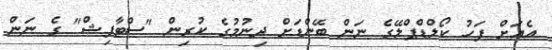
އެއަށް ފަހު ކޯލްޑްޕްލޭގެ ނަން ބޭންޑަށް ދިނުމުގެ ކުރިން "ސްޓާފިޝް" ގެ ނަން